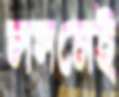
লসনেই